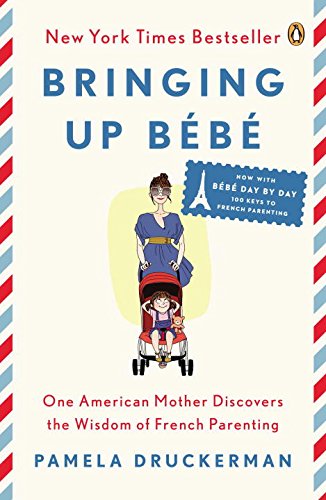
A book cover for Bringing Up BÃ©bÃ©: One American Mother Discovers the Wisdom of French Parenting (now with BÃ©bÃ© Day by Day: 100 Keys to French Parenting); Pamela Druckerman; Parenting & Relationships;